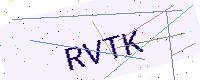
Text: RVTK